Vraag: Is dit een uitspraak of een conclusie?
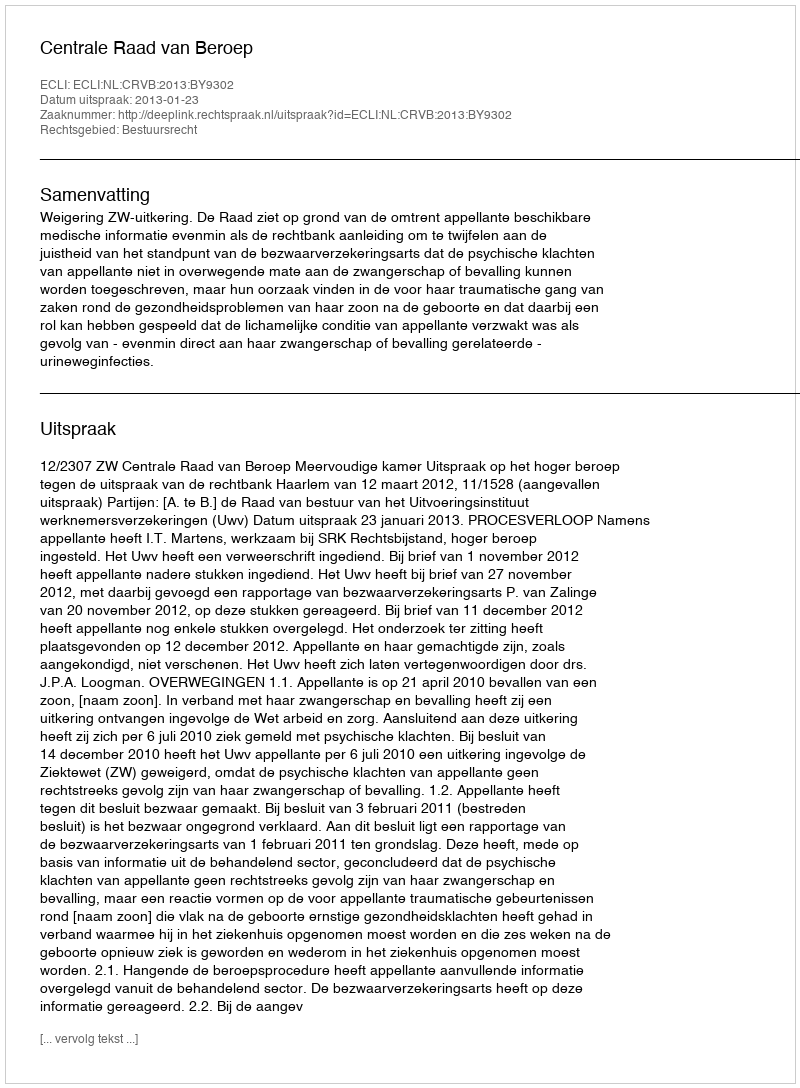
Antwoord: Uitspraak